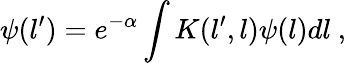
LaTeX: \psi(l^{\prime})=e^{-\alpha}\int K(l^{\prime},l)\psi(l)dl\ ,